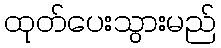
ထုတ်ပေးသွားမည်